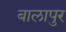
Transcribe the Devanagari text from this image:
बालापुर